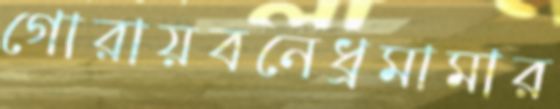
গোরায়বনেধ্রমামার